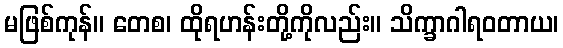
မဖြစ်ကုန်။ တေစ၊ ထိုရဟန်းတို့ကိုလည်း။ သိက္ခာဂါရဝတာယ၊